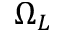
\Omega _ { L }